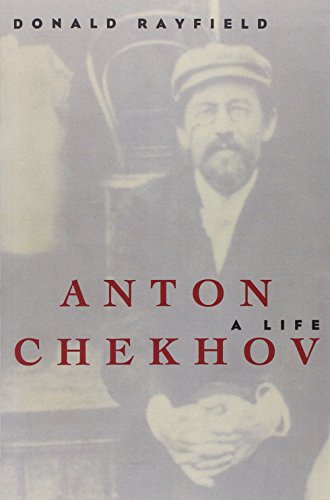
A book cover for Anton Chekhov: A Life; Donald Rayfield; Literature & Fiction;